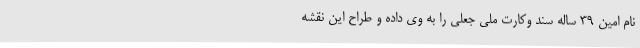
نام امین 39 ساله سند وکارت ملی جعلی را به وی داده و طراح این نقشه